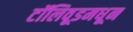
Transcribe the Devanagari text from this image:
टॉलिवूडमधून